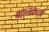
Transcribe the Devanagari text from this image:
वहनकर्ता